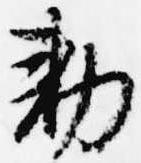
勅